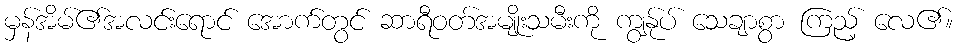
မှန်အိမ်၏အလင်းရောင် အောက်တွင် ဆာရီဝတ်အမျိုးသမီးကို ကျွန်ုပ် သေချာစွာ ကြည့် လေ၏။